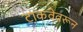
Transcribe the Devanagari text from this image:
टाकवेवरून